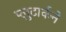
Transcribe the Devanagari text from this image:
प्लुटार्कने